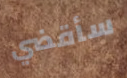
سأقضي